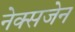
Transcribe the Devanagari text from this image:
नेक्सजेन